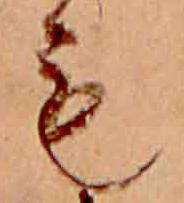
も